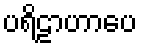
ပရိဠာဟာပေ